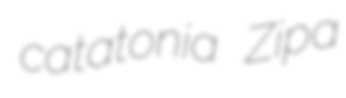
catatonia Zipa